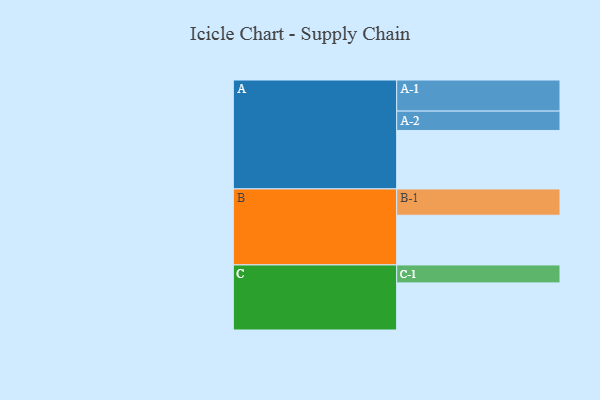
{"axis": {"x": "Segment", "y": "Value"}, "legend": ["", "A", "B", "C"], "data": [{"x": "A", "y": 453, "type": ""}, {"x": "B", "y": 385, "type": ""}, {"x": "C", "y": 365, "type": ""}, {"x": "A-1", "y": 241, "type": "A"}, {"x": "A-2", "y": 150, "type": "A"}, {"x": "B-1", "y": 204, "type": "B"}, {"x": "C-1", "y": 139, "type": "C"}]}